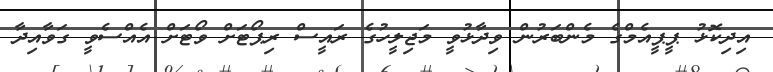
އިދިކޮޅު ޕީޕީއެމްގެ މެންބަރުން ވިދާޅުވީ މަޖިލީހުގެ ރައީސް ރިޕޯޓަށް ވޯޓަށް އެއްސެވީ ގަވާއިދާ